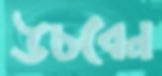
উচবেন